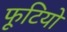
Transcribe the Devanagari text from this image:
फूटियो